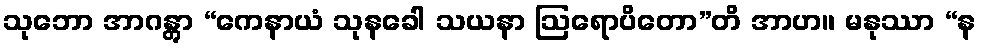
သုဘော အာဂန္တွာ “ကေနာယံ သုနခေါ သယနာ ဩရောပိတော”တိ အာဟ။ မနုဿာ “န